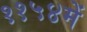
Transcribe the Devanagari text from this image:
११५४में